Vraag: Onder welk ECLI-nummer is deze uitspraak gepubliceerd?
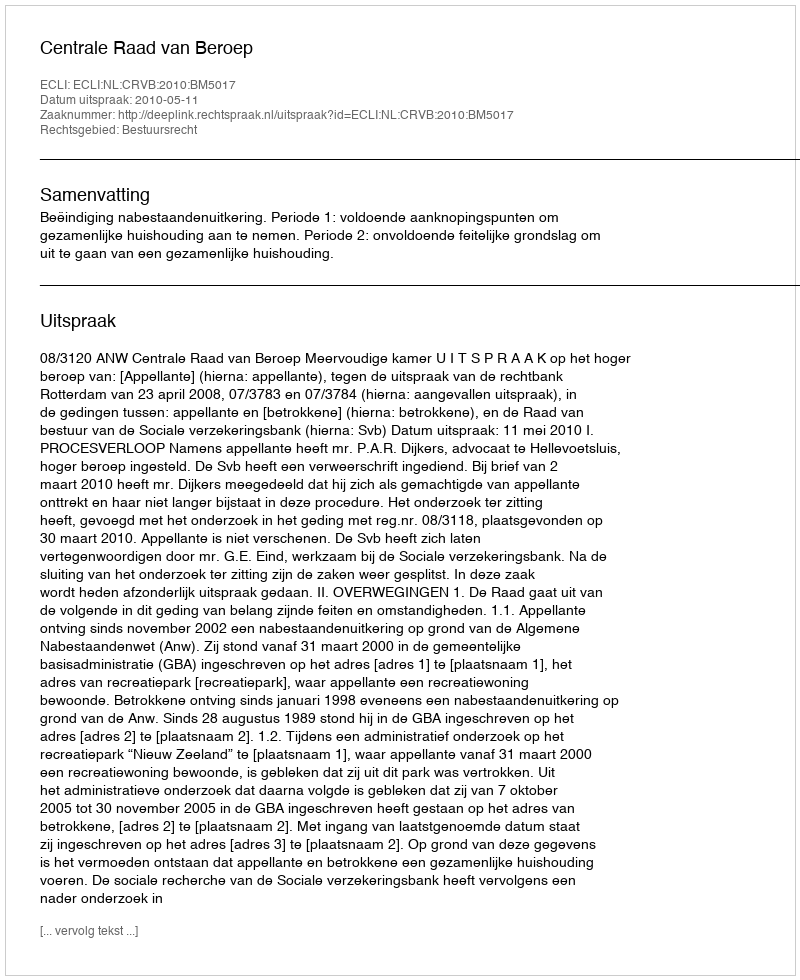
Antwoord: ECLI:NL:CRVB:2010:BM5017